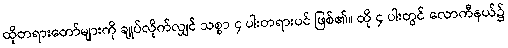
ထိုတရားတော်များကို ချုပ်လိုက်လျှင် သစ္စာ ၄ ပါးတရားပင် ဖြစ်၏။ ထို ၄ ပါးတွင် လောကီနယ်၌